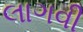
લાગવી